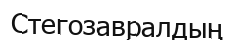
Стегозавралдың